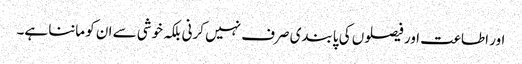
اور اطاعت اور فیصلوں کی پابندی صرف نہیں کرنی بلکہ خوشی سے ان کو ماننا ہے۔